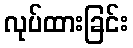
လုပ်ထားခြင်း